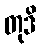
တုဒိ